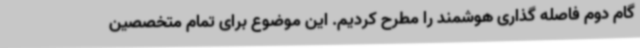
گام دوم فاصله گذاری هوشمند را مطرح کردیم. این موضوع برای تمام متخصصین